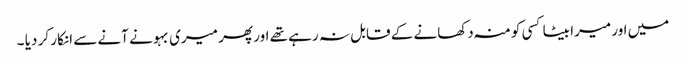
میں اور میرا بیٹا کسی کو منہ دکھانے کے قابل نہ رہے تھے اور پھر میری بہو نے آنے سے انکار کر دیا ۔